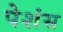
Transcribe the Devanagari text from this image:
पेशंस